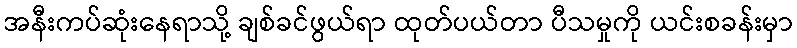
အနီးကပ်ဆုံးနေရာသို့ ချစ်ခင်ဖွယ်ရာ ထုတ်ပယ်တာ ပီသမှုကို ယင်းစခန်းမှာ